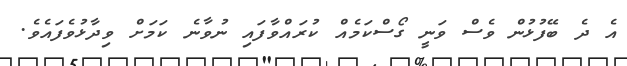
އެ ދެ ބޭފުޅުން ވެސް ވަނީ ގޯސްކަމެއް ކުރައްވާފައި ނުވާނެ ކަމަށް ވިދާޅުވެފައެވެ.